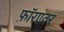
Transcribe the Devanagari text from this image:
फ़ॉरएवर